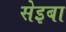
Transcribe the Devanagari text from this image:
सेइबा